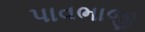
પાવભાજી